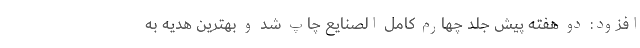
افزود: دو هفته پیش جلد چهارم کامل الصنایع چاپ شد و بهترین هدیه به